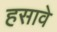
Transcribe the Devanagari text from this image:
हसावे